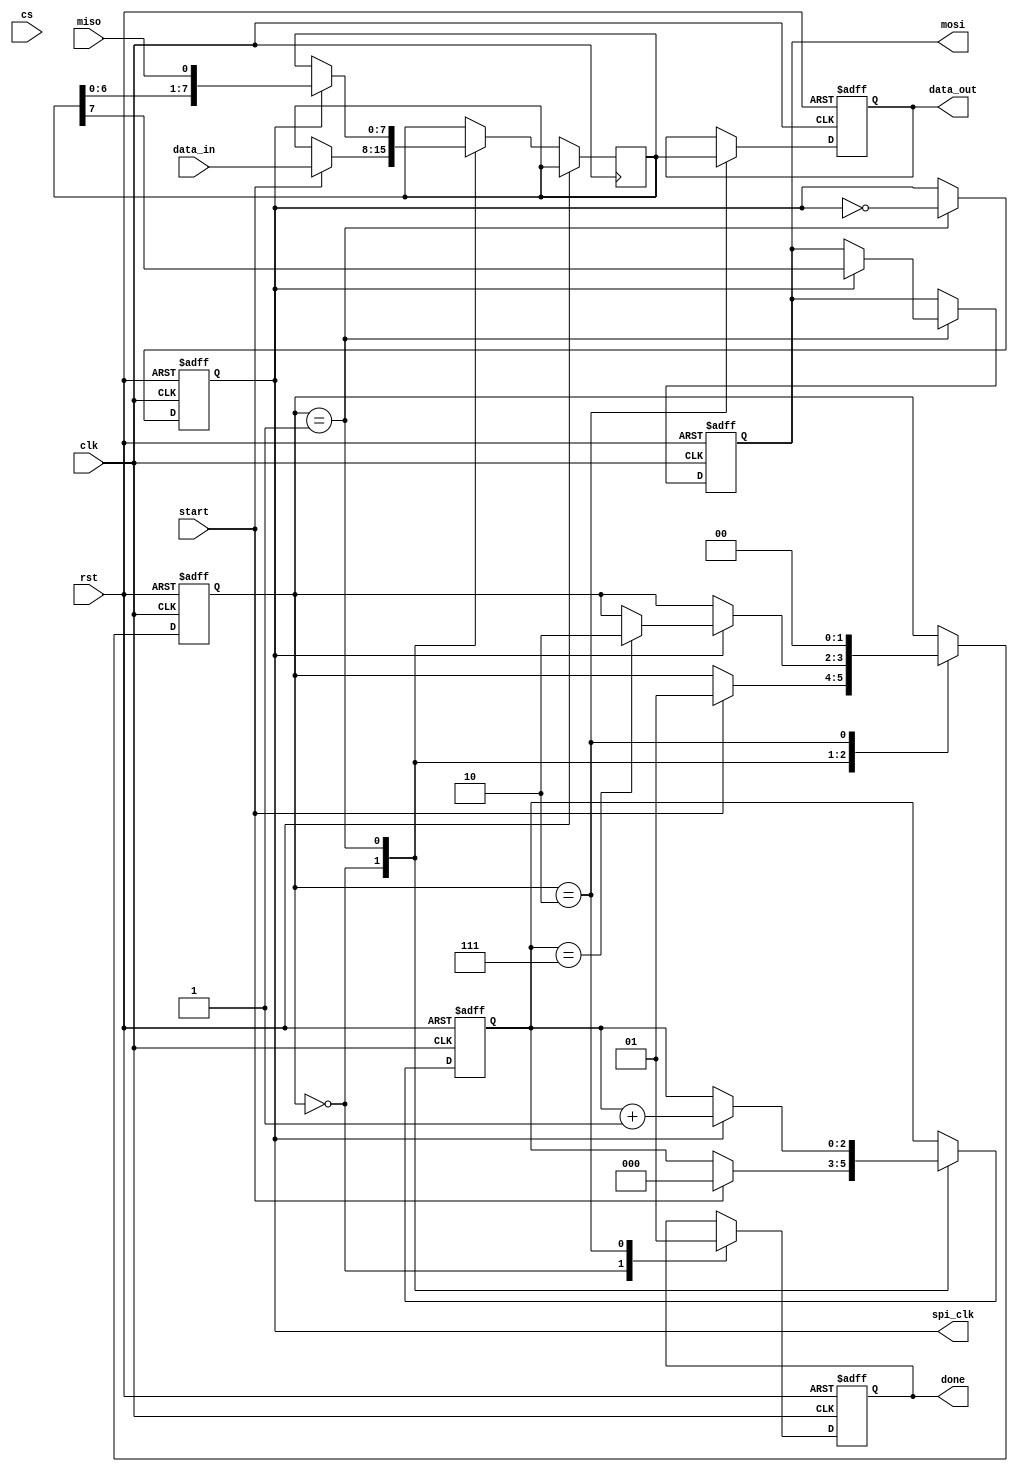
module spi_master (
    input wire clk,
    input wire rst,
    input wire [7:0] data_in,
    input wire start,
    input wire miso,
    input wire [N-1:0] cs,  // N is the number of slaves


    
    output reg spi_clk,
    output reg mosi,
    output reg [7:0] data_out,
    output reg done
);
    parameter N = 4; // Define the number of slaves

    reg [2:0] bit_cnt;
    reg [7:0] shift_reg;
    reg [1:0] state;

    localparam IDLE = 2'b00,
               TRANSFER = 2'b01,
               DONE = 2'b10;

    always @(posedge clk or posedge rst) begin
        if (rst) begin
            spi_clk <= 0;
            mosi <= 0;
            data_out <= 0;
            done <= 0;
            bit_cnt <= 0;
            state <= IDLE;
        end else begin
            case (state)
                IDLE: begin
                    if (start) begin
                        shift_reg <= data_in;
                        bit_cnt <= 0;
                        state <= TRANSFER;
                    end
                    done <= 0;
                end

                TRANSFER: begin
                    spi_clk <= ~spi_clk;
                    if (spi_clk) begin
                        mosi <= shift_reg[7];
                        shift_reg <= {shift_reg[6:0], miso};
                        bit_cnt <= bit_cnt + 1;
                        if (bit_cnt == 7) state <= DONE;
                    end
                end

                DONE: begin
                    data_out <= shift_reg;
                    done <= 1;
                    state <= IDLE;
                end
            endcase
        end
    end
endmodule